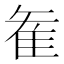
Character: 𮥶